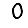
Digit: 0